Annual administration report of the Civil Veterinary Department of India - 1894-1895
Year: 1894
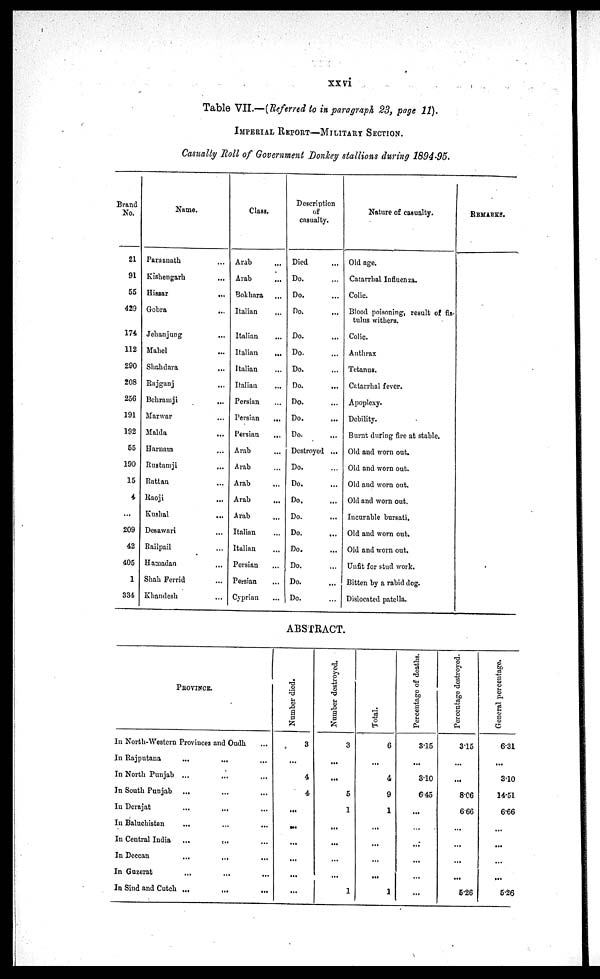
xxvi
Table VII.—(Referred to in paragraph 23, page 11).
IMPERIAL REPORT—MILITARY SECTION.
Casualty Roll of Government Donkey stallions during 1894-95.
Brand
No.
21
91
55
429
174
112
290
208
256
191
192
55
190
15
4
...
209
42
405
1
334
Name.
Parasnath …
Kishengarh ...
Hissar
...
Gobra
...
Jehanjung ...
Mahel ...
Shahdara ...
Rajganj ...
Behramji
...
Marwar ...
Malda ...
Harnam ...
Rustamji ...
Rattan …
Raoji
...
Kushal
...
Desawari ...
Railpail ...
Hamadan ...
Shah Ferrid ...
Khandesh ...
Class.
Arab …
Arab …
Bokhara …
Italian …
Italian …
Italian ...
Italian …
Italian …
Persian …
Persian
...
Persian ...
Arab …
Arab …
Arab …
Arab
...
Arab …
Italian …
Italian …
Persian …
Persian …
Cyprian ...
Description
of
casualty.
Died …
Do. …
Do. …
Do. ...
Do. …
Do. …
Do. …
Do. …
Do. …
Do. …
Do. …
Destroyed ...
Do. …
Do. …
Do. …
Do. …
Do. …
Do. …
Do. …
Do. …
Do. …
Nature of casualty.
Old age.
Catarrhal. Influenza.
Colic.
Blood poisoning, result of fis-
tulas withers.
Colic.
Anthrax
Tetanus.
Catarrhal fever.
Apoplexy.
Debility.
Burnt during fire at stable.
Old and worn out.
Old and worn out.
Old and worn out.
Old and worn out.
Incurable bursati.
Old and worn out.
Old and worn out.
Unfit for stud work.
Bitten by a rabid dog.
Dislocated patella.
REMARKS.
ABSTRACT.
PROVINCE.
In North-Western Provinces and Oudh ...
In Rajputana
...
... ...
In North Punjab ... ... ...
In South Punjab ... ... ...
In Derajat ... ... ...
In Baluchistan … … …
In Central India
...
...
...
In Deccan ... ... ...
In
Guzerat
...
... ...
In Sind and Cutch
...
...
...
Number died.
3
...
4
4
...
...
...
...
...
...
Number destroyed.
3
...
...
5
1
...
...
...
...
1
Total.
6
...
4
9
1
...
...
...
...
1
Percentage of deaths.
3.15
...
3.10
6.45
...
...
...
...
...
...
Percentage destroyed.
3.15
...
...
8.06
6.66
...
...
...
...
5.26
General percentage.
6.31
...
3.10
14.51
6.66
...
...
...
...
5.26